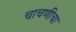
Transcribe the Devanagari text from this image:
चाचणीचा